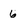
Character: 6